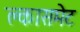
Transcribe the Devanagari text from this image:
क्लासमेट